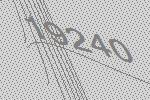
19240